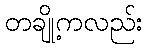
တချို့ကလည်း